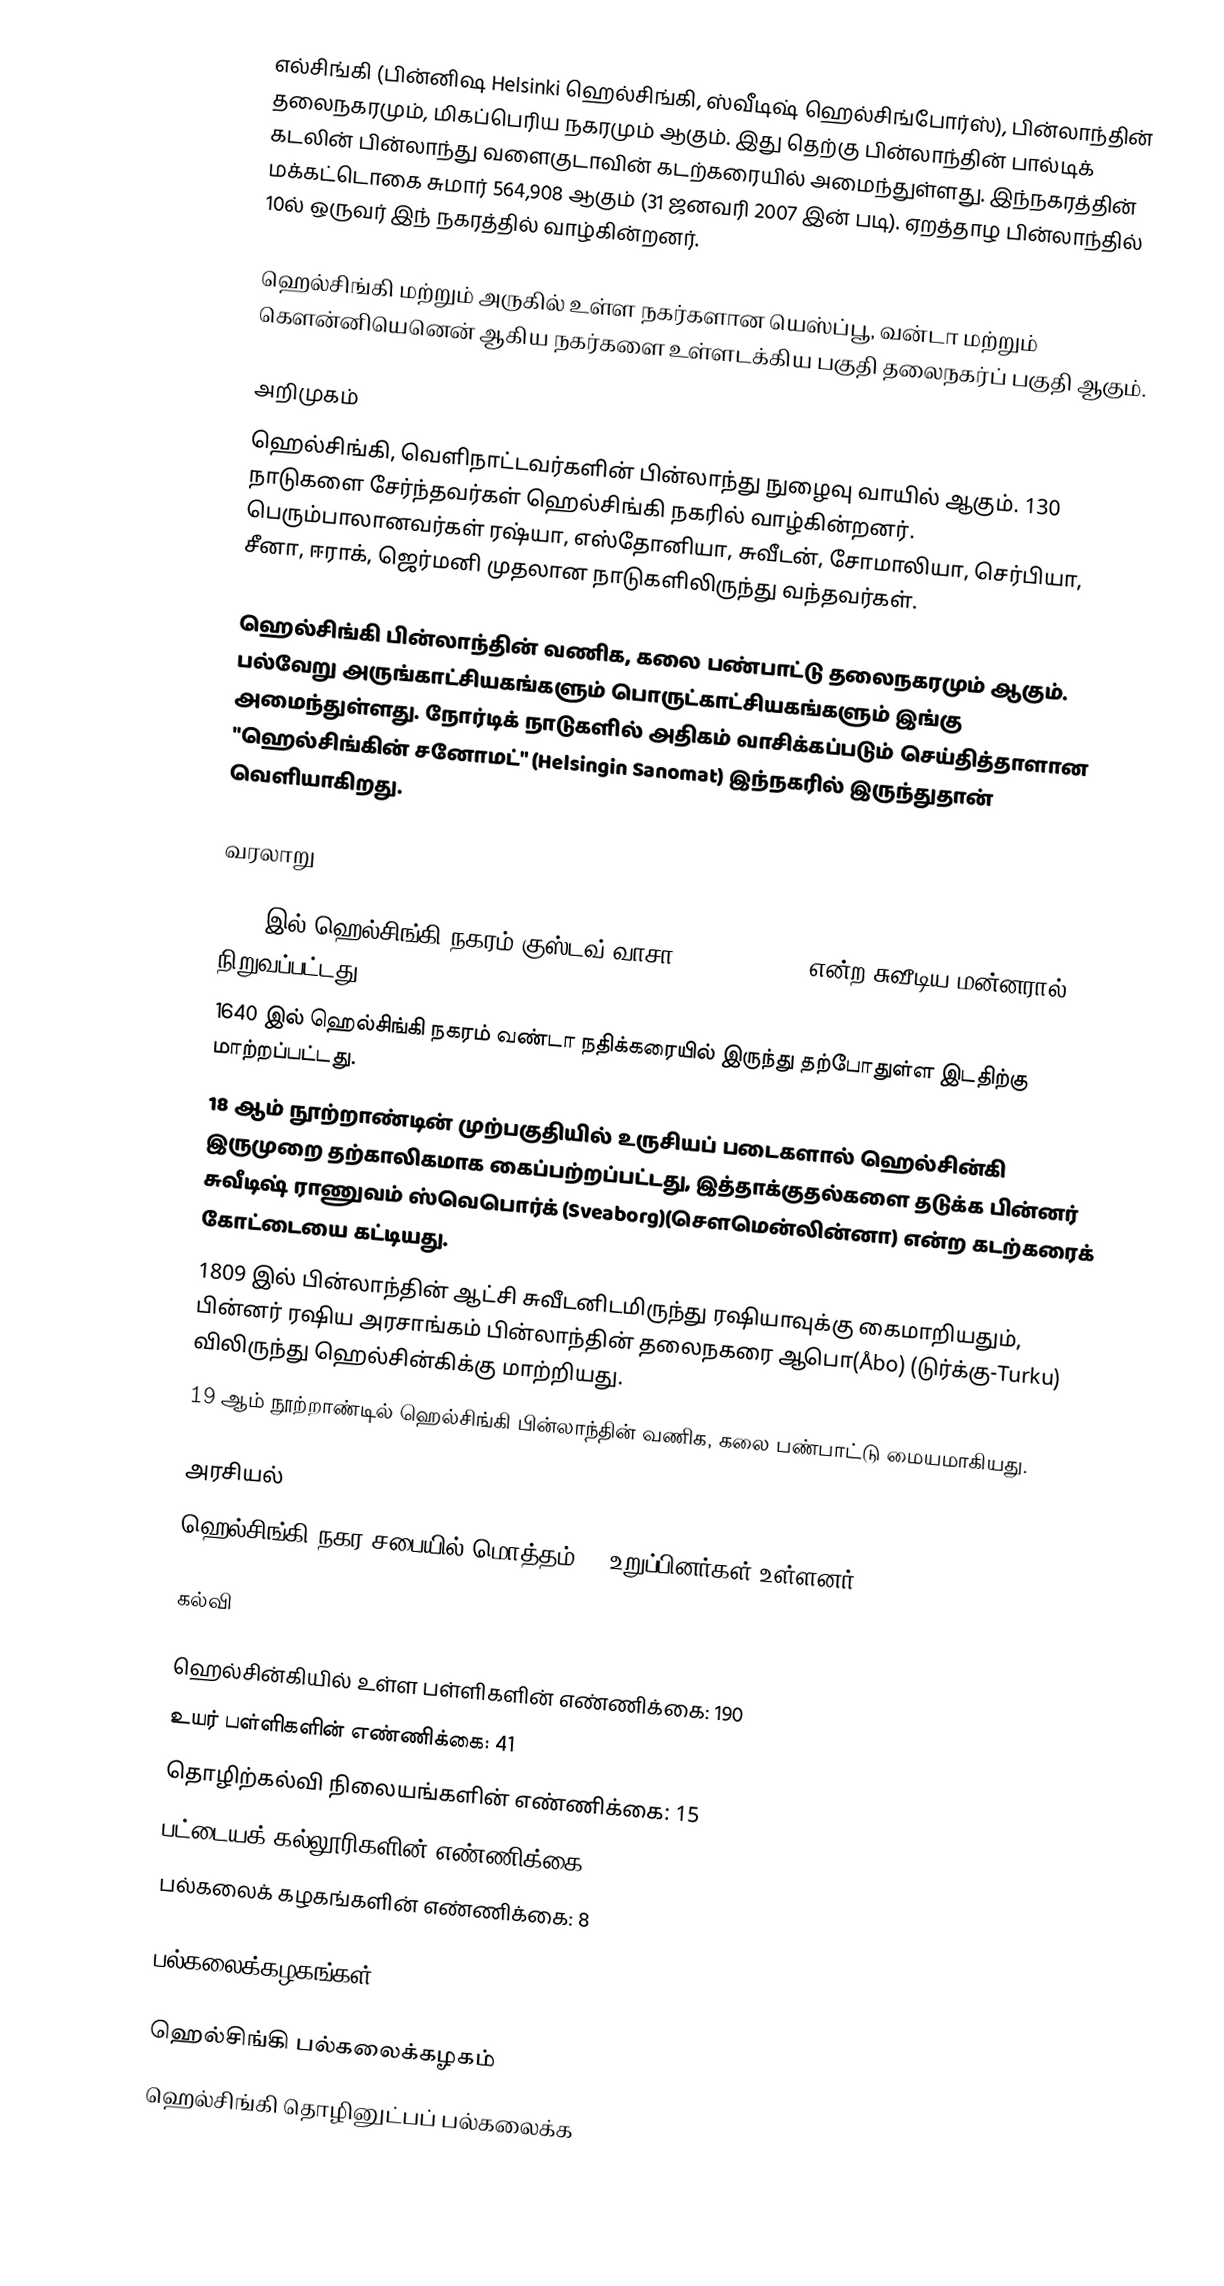
எல்சிங்கி (பின்னிஷ Helsinki ஹெல்சிங்கி, ஸ்வீடிஷ்   ஹெல்சிங்போர்ஸ்), பின்லாந்தின் தலைநகரமும், மிகப்பெரிய நகரமும் ஆகும். இது தெற்கு பின்லாந்தின் பால்டிக் கடலின் பின்லாந்து வளைகுடாவின் கடற்கரையில்  அமைந்துள்ளது. இந்நகரத்தின் மக்கட்டொகை சுமார் 564,908 ஆகும் (31 ஜனவரி 2007 இன் படி). ஏறத்தாழ பின்லாந்தில் 10ல் ஒருவர் இந் நகரத்தில் வாழ்கின்றனர்.

ஹெல்சிங்கி மற்றும் அருகில் உள்ள நகர்களான  யெஸ்ப்பூ, வன்டா மற்றும் கௌன்னியெனென் ஆகிய நகர்களை உள்ளடக்கிய பகுதி தலைநகர்ப் பகுதி ஆகும்.

அறிமுகம்
ஹெல்சிங்கி, வெளிநாட்டவர்களின் பின்லாந்து நுழைவு வாயில் ஆகும். 130 நாடுகளை சேர்ந்தவர்கள் ஹெல்சிங்கி நகரில் வாழ்கின்றனர். பெரும்பாலானவர்கள் ரஷ்யா, எஸ்தோனியா, சுவீடன், சோமாலியா, செர்பியா, சீனா, ஈராக், ஜெர்மனி முதலான நாடுகளிலிருந்து வந்தவர்கள்.

ஹெல்சிங்கி பின்லாந்தின் வணிக, கலை பண்பாட்டு தலைநகரமும் ஆகும். பல்வேறு அருங்காட்சியகங்களும் பொருட்காட்சியகங்களும் இங்கு அமைந்துள்ளது. நோர்டிக் நாடுகளில் அதிகம் வாசிக்கப்படும் செய்தித்தாளான "ஹெல்சிங்கின் சனோமட்" (Helsingin Sanomat) இந்நகரில் இருந்துதான் வெளியாகிறது.

வரலாறு

 1550 இல் ஹெல்சிங்கி நகரம் குஸ்டவ் வாசா (Gustav Vasa) என்ற சுவீடிய மன்னரால் நிறுவப்பட்டது.
 1640 இல் ஹெல்சிங்கி நகரம் வண்டா நதிக்கரையில் இருந்து தற்போதுள்ள இடதிற்கு மாற்றப்பட்டது.
 18 ஆம் நூற்றாண்டின் முற்பகுதியில் உருசியப் படைகளால் ஹெல்சின்கி இருமுறை தற்காலிகமாக கைப்பற்றப்பட்டது, இத்தாக்குதல்களை தடுக்க பின்னர் சுவீடிஷ் ராணுவம் ஸ்வெபொர்க் (Sveaborg)(சௌமென்லின்னா) என்ற கடற்கரைக் கோட்டையை கட்டியது.
 1809 இல் பின்லாந்தின் ஆட்சி சுவீடனிடமிருந்து ரஷியாவுக்கு கைமாறியதும், பின்னர் ரஷிய அரசாங்கம் பின்லாந்தின் தலைநகரை ஆபொ(Åbo) (டுர்க்கு-Turku) விலிருந்து ஹெல்சின்கிக்கு மாற்றியது.
 19 ஆம் நூற்றாண்டில் ஹெல்சிங்கி பின்லாந்தின் வணிக, கலை பண்பாட்டு மையமாகியது.

அரசியல்
ஹெல்சிங்கி நகர சபையில் மொத்தம் 85 உறுப்பினர்கள் உள்ளனர்.

கல்வி

 ஹெல்சின்கியில் உள்ள பள்ளிகளின் எண்ணிக்கை: 190
 உயர் பள்ளிகளின் எண்ணிக்கை: 41
 தொழிற்கல்வி நிலையங்களின் எண்ணிக்கை: 15
 பட்டையக் கல்லூரிகளின் எண்ணிக்கை: 4
 பல்கலைக் கழகங்களின் எண்ணிக்கை: 8

பல்கலைக்கழகங்கள்

 ஹெல்சிங்கி பல்கலைக்கழகம்
 ஹெல்சிங்கி தொழினுட்பப் பல்கலைக்க